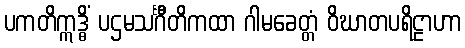
ပကတိဣဒ္ဓိံ ပဌမသင်္ဂီတိကထာ ဂါမခေတ္တံ ဝိဃာတပရိဠာဟာ